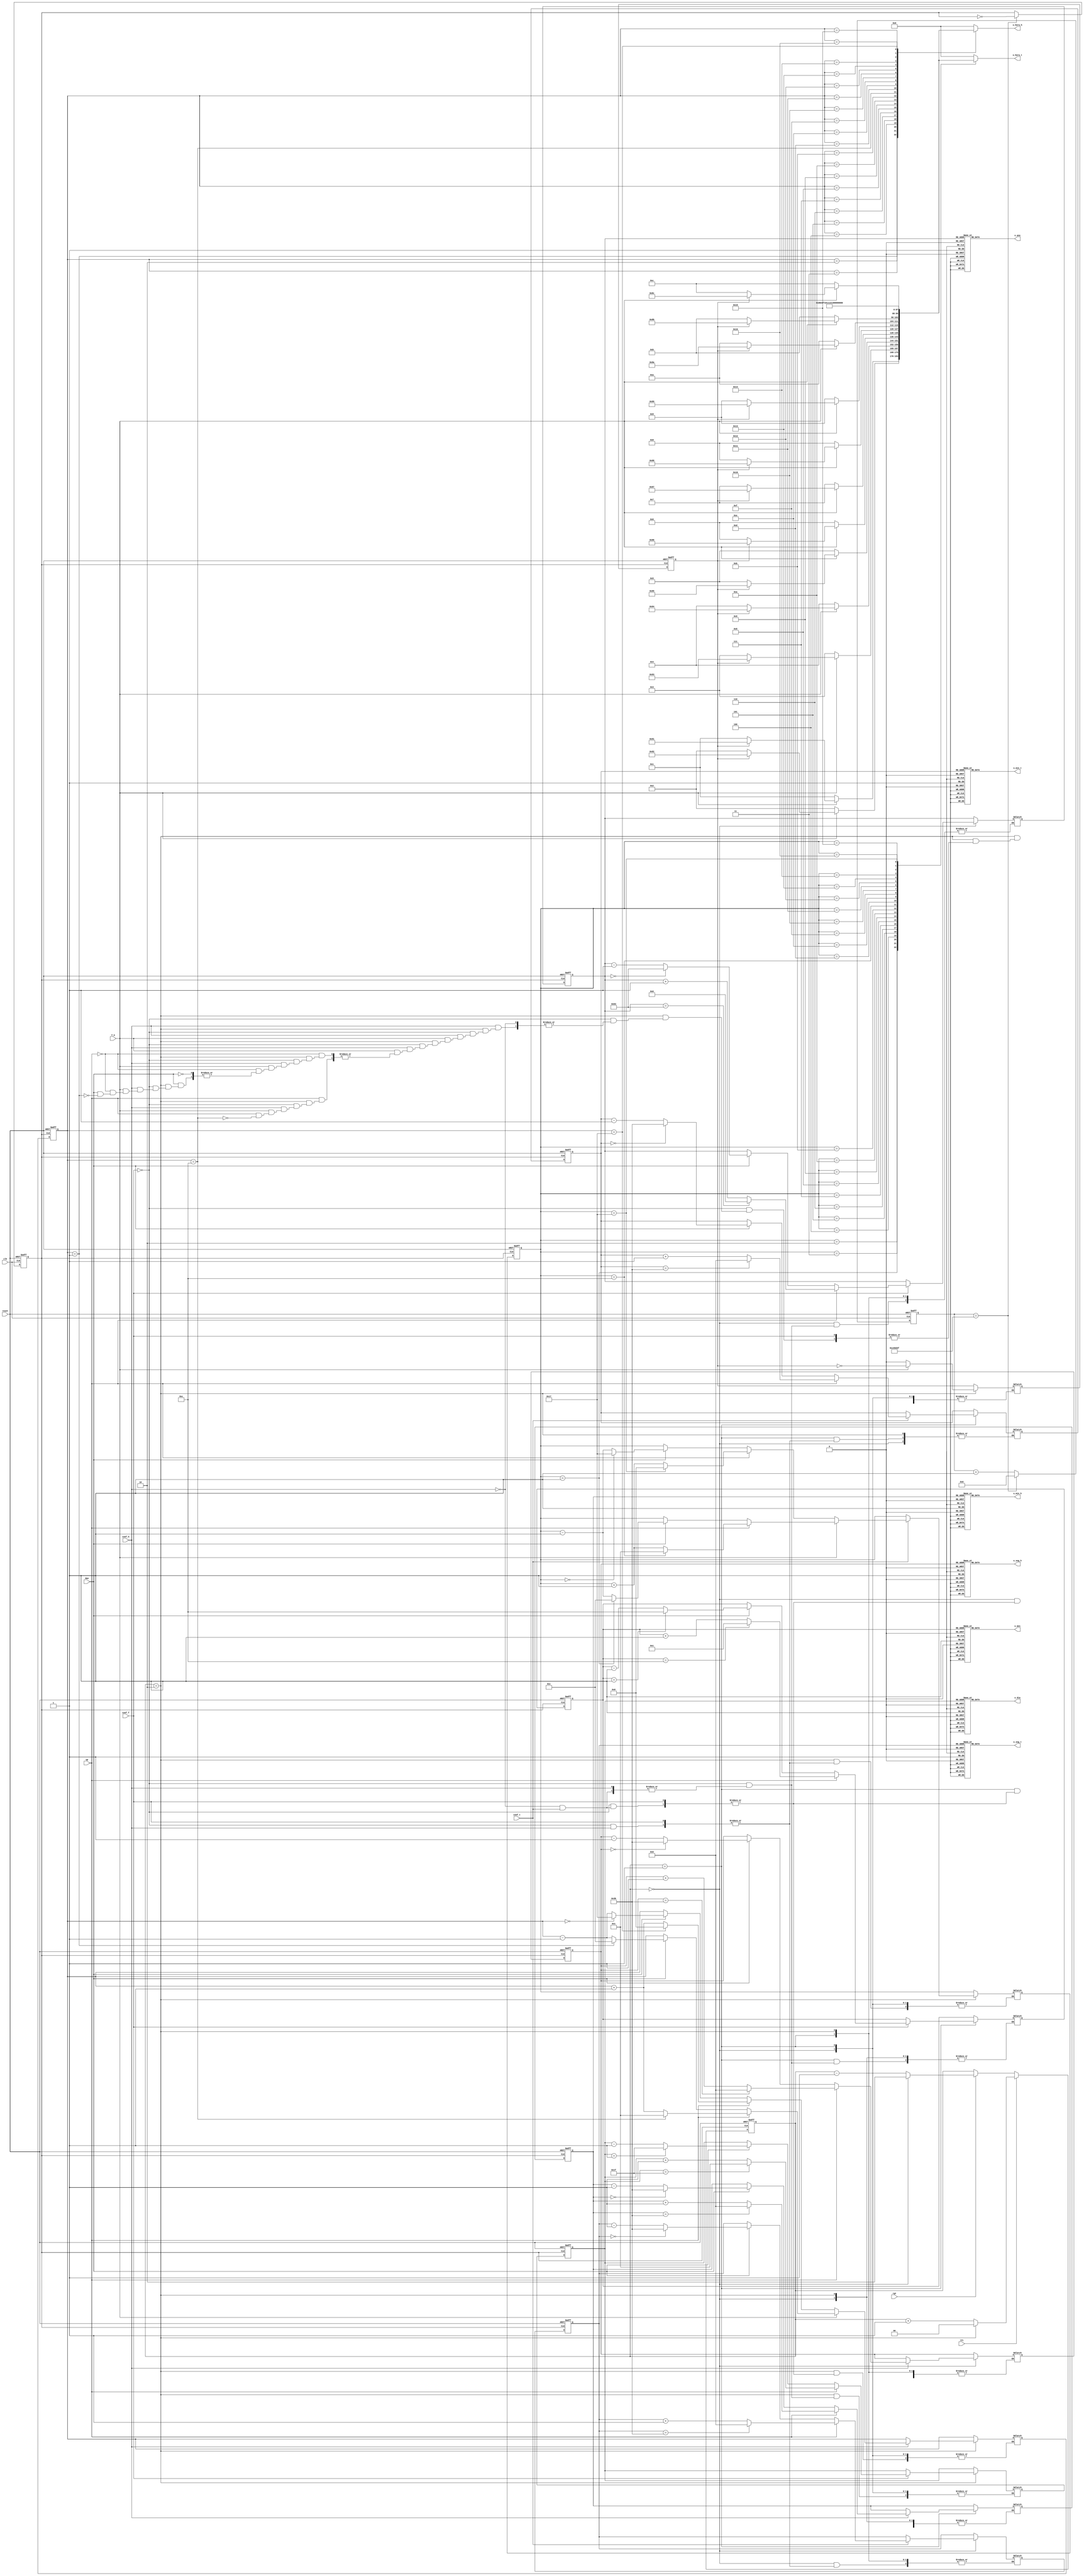
`timescale 1ns / 1ps
//////////////////////////////////////////////////////////////////////////////////
// Company: 
// Engineer: 
// 
// Design Name: 
// Module Name: cont
// Project Name: 
// Target Devices: 
// Tool Versions: 
// Description: 
// 
// Dependencies: 
// 
// Revision:
// Revision 0.01 - File Created
// Additional Comments:
// 
//////////////////////////////////////////////////////////////////////////////////


module cont(
    input clk,reset,up,dwn,rgt,lft,conf_h,conf_t,conf_f,f_h,
    output reg [7:0] o_seg_h, o_seg_t,o_min_h,o_min_t,o_hora_h,o_hora_t,o_mes,o_dia,o_ano

    );
    
    //localparam N_bits =24;//~4Hz
    
    reg [23:0] pulse_reg;
    reg [5:0]seg_h,seg_t,min_t,min_h,seg_h_sig,seg_t_sig,min_t_sig,min_h_sig;
    reg pulse,am_pm,am_pm_sig,am_pmt,am_pmt_sig;
    reg [4:0] hora_h,hora_t,hora_h_sig,hora_t_sig,dia,dia_sig;
    reg [3:0] mes,mes_sig;
    reg [6:0] ano,ano_sig;
    reg [1:0] cont_deco,cont_deco_sig;
    
    always @(posedge clk, posedge reset)
    begin
        if (reset)
        begin
            pulse_reg <= 0;
            pulse <= 0; 
        end
        else
        begin
        if (pulse_reg == 24'd12999999)
        begin
            pulse_reg <= 24'd0;
            pulse <= ~pulse;
        end
        else
                pulse_reg <= pulse_reg + 1'b1;
        end
    end 
    
    always @(posedge pulse,posedge reset)
    begin
    if (reset)
    begin
        seg_h<=6'b0;
        seg_t<=6'b0;
        min_h<=6'b0;
        min_t<=6'b0;
        hora_h<=5'b0;
        hora_t<=5'b0;
        dia<=5'b1;
        mes<=4'b1;
        ano<=7'b0;
        cont_deco<=2'b0;
        am_pm<=1'b0;
        am_pmt<=1'b0;
    end
    else
    begin 
        seg_h<=seg_h_sig;
        seg_t<=seg_t_sig;
        min_h<=min_h_sig;
        min_t<=min_t_sig;
        hora_h<=hora_h_sig;
        hora_t<=hora_t_sig;
        dia<=dia_sig;
        mes<=mes_sig;
        ano<=ano_sig;
        cont_deco<=cont_deco_sig;
        am_pm<=am_pm_sig;
        am_pmt<=am_pmt_sig;
    end
    end
        
    always @*
    begin
    if (lft)
    begin
        if(cont_deco==2'b10)
            cont_deco_sig<=2'b0;
        else
            cont_deco_sig<=cont_deco+1;
    end
    else if (rgt)
    begin
        if(cont_deco==2'b0)
                cont_deco_sig<=2'b10;
        else
                cont_deco_sig<=cont_deco-1;
    end
    else    
        cont_deco_sig<=cont_deco;
    end
        
        
     always @*
     begin
     case (cont_deco)
     2'b00:begin
            if (conf_f)
            begin
                if (up)
                begin
                    if (ano==7'd99)
                        ano_sig<= 7'd0;
                    else
                        ano_sig<= ano + 7'd1;
                end
                else if (dwn)
                begin
                    if (ano==7'd0)
                        ano_sig<= 7'd99;
                    else            
                        ano_sig<= ano - 7'd1;
                end
                else
                    ano_sig<=ano;
           end
            else if (conf_h)
            begin
                if (up)
                begin
                    if (seg_h==6'd59)
                        seg_h_sig<=6'd00;
                    else
                        seg_h_sig<=seg_h + 6'd1;
                end
                else if (dwn)
                begin
                    if (seg_h==6'd0)
                        seg_h_sig<=6'd59;
                    else
                        seg_h_sig<=seg_h - 6'd1;
                end
                else
                    seg_h_sig<=seg_h;
            end
            else if (conf_t)
            begin
            if (up)
            begin
                if (seg_t==6'd59)
                    seg_t_sig<=6'd00;
                else
                    seg_t_sig<=seg_t + 6'd1;
            end
            else if (dwn)
            begin
                if (seg_t==6'd0)
                    seg_t_sig<=6'd59;
                else
                    seg_t_sig<=seg_t - 6'd1;
            end
            else
                    seg_t_sig<=seg_t;
            end
            else
            begin    
                seg_h_sig<=seg_h;
                seg_t_sig<=seg_t;
                ano_sig<=ano;   
            end
        end
        2'b01:begin
        if (conf_f)
        begin
            if (up)
            begin
                if (mes==4'd12)
                    mes_sig<= 4'd1;
                else
                    mes_sig<= mes + 4'd1;
            end
            else if (dwn)
            begin
                if (mes==4'd1)
                    mes_sig<= 4'd12;
                else            
                    mes_sig<= mes - 4'd1;
            end
            else
                mes_sig<= mes;
       end
      else if (conf_h)
      begin
        if (up)
        begin
            if (min_h==6'd59)
                   min_h_sig<=6'd00;
            else
                  min_h_sig<=min_h + 6'd1;
        end
        else if (dwn)
        begin
           if (min_h==6'd0)
                  min_h_sig<=6'd59;
           else
                  min_h_sig<=min_h - 6'd1;
        end
        else
            min_h_sig<=min_h;
        end
        else if (conf_t)
        begin
            if (up)
            begin
                if (min_t==6'd59)
                       min_t_sig<=6'd00;
                else
                       min_t_sig<=min_t + 6'd1;
            end
            else if (dwn)
            begin
                if (min_t==6'd0)
                    min_t_sig<=6'd59;
                else
                    min_t_sig<=min_t - 6'd1;
            end
            else
                min_t_sig<=min_t;
         end
        else
        begin    
                   min_h_sig<=min_h;
                   min_t_sig<=min_t;
                   mes_sig<=mes;   
         end
        end
        2'b10:begin
                if (conf_f)
                begin
                    if (up)
                    begin
                        if (dia==5'd31)
                                    dia_sig<= 5'd1;
                        else
                                    dia_sig<= dia + 5'd1;
                    end
                    else if (dwn)
                    begin
                                if (dia==5'd1)
                                    dia_sig<= 5'd31;
                                else            
                                    dia_sig<= dia - 5'd1;
                    end
                    else
                            dia_sig<= dia;
                    
                end
                else if (conf_h)
                begin
                    if(f_h)
                    begin
                        if (up)
                        begin
                            if (hora_h==5'd12)
                            begin
                                                   hora_h_sig<=5'd1;
                                                   am_pm_sig=~am_pm;
                            end
                            else
                                                  hora_h_sig<=hora_h + 5'd1;
                        end
                        else if (dwn)
                        begin
                            if (hora_h==5'd1)
                            begin
                                                  hora_h_sig<=5'd12;
                                                  am_pm_sig=~am_pm;
                            end
                            else
                                                  hora_h_sig<=hora_h - 5'd1;
                        end
                        else                
                                                 hora_h_sig<=hora_h;
                    end
                    else
                    begin
                    am_pm_sig<=0;
                        if (up)
                        begin
                            if (hora_h==5'd23)
                                                hora_h_sig<=5'd0;
                            else
                                                hora_h_sig<=hora_h + 5'd1;
                        end
                        else if (dwn)
                        begin
                            if (hora_h==5'd0)
                                                 hora_h_sig<=5'd23;
                            else
                                                 hora_h_sig<=hora_h - 5'd1;
                        end
                       else
                                                    hora_h_sig<=hora_h;
                    end
               end
               else if (conf_t)
               begin
                if(f_h)
                begin
                    if (up)
                    begin
                        if (hora_t==5'd12)
                                     begin
                                        hora_t_sig<=5'd1;
                                        am_pmt_sig=~am_pmt;
                                     end
                        else
                                        hora_t_sig<=hora_t + 5'd1;
                    end
                    else if (dwn)
                    begin
                        if (hora_t==5'd1)
                        begin
                                         hora_t_sig<=5'd12;
                                         am_pmt_sig=~am_pmt;
                        end
                        else
                                         hora_t_sig<=hora_t - 5'd1;
                    end
                    else
                                        hora_t_sig<=hora_t;
                end
                else
                begin
                am_pmt_sig<=0;
                    if (up)
                    begin
                                 if (hora_t==5'd23)
                                        hora_t_sig<=5'd0;
                                 else
                                    hora_t_sig<=hora_t + 5'd1;
                    end
                    else if (dwn)
                    begin
                                     if (hora_t==5'd0)
                                                hora_t_sig<=5'd23;
                                     else
                                                hora_t_sig<=hora_t - 5'd1;
                    end
                    else
                                    hora_t_sig<=hora_t;
               end
             end
            else
            begin 
                                     hora_t_sig<=hora_t;
                                     hora_h_sig<=hora_h;
                                     dia_sig<= dia;
             end  
               
        end
        default: begin
                seg_h_sig<=seg_h;
                seg_t_sig<=seg_t;
                min_h_sig<=min_h;
                min_t_sig<=min_t;
                hora_h_sig<=hora_h;
                hora_t_sig<=hora_t;
                dia_sig<=dia;
                mes_sig<=mes;
                ano_sig<=ano;
                am_pm_sig<=am_pm;
                am_pmt<=am_pmt_sig;
        end
        endcase
        end
        
        always @*
        begin
        case (seg_h)
            6'd0: begin o_seg_h = 8'h0; end
            6'd1: begin o_seg_h = 8'h1; end
            6'd2: begin o_seg_h = 8'h2; end
            6'd3: begin o_seg_h = 8'h3; end
            6'd4: begin o_seg_h = 4'h4; end
            6'd5: begin o_seg_h = 4'h5; end
            6'd6: begin o_seg_h = 4'h6; end
            6'd7: begin o_seg_h = 4'h7; end
            6'd8: begin o_seg_h = 4'h8; end
            6'd9: begin o_seg_h = 4'h9; end
            
            6'd10: begin o_seg_h = 8'ha; end
            6'd11: begin o_seg_h = 8'hb; end
            6'd12: begin o_seg_h = 8'hc; end
            6'd13: begin o_seg_h = 8'hd; end
            6'd14: begin o_seg_h = 8'he; end
            6'd15: begin o_seg_h = 8'hf; end
            6'd16: begin o_seg_h = 8'h10; end
            6'd17: begin o_seg_h = 8'h11; end
            6'd18: begin o_seg_h = 8'h12; end
            6'd19: begin o_seg_h = 8'h13; end
            
            6'd20: begin o_seg_h = 8'h14; end
            6'd21: begin o_seg_h = 8'h15; end
            6'd22: begin o_seg_h = 8'h16; end
            6'd23: begin o_seg_h = 8'h17; end
            6'd24: begin o_seg_h= 8'h18; end
            6'd25: begin o_seg_h = 8'h19; end
            6'd26: begin o_seg_h= 8'h1a; end
            6'd27: begin o_seg_h= 8'h1b; end
            6'd28: begin o_seg_h= 8'h1c; end
            6'd29: begin o_seg_h= 8'h1d; end
           
            6'd30: begin o_seg_h = 8'h1e; end
            6'd31: begin o_seg_h= 8'h1f; end
            6'd32: begin o_seg_h= 8'h20; end
            6'd33: begin o_seg_h= 8'h21; end
            6'd34: begin o_seg_h= 8'h22; end
            6'd35: begin o_seg_h= 8'h23; end
            6'd36: begin o_seg_h= 8'h24; end
            6'd37: begin o_seg_h= 8'h25; end
            6'd38: begin o_seg_h= 8'h26; end
            6'd39: begin o_seg_h= 8'h27; end
           
            6'd40: begin o_seg_h = 8'h28; end
            6'd41: begin o_seg_h= 8'h29; end
            6'd42: begin o_seg_h= 8'h2a; end
            6'd43: begin o_seg_h= 8'h2b; end
            6'd44: begin o_seg_h= 8'h2c; end
            6'd45: begin o_seg_h= 8'h2d; end
            6'd46: begin o_seg_h= 8'h2e; end
            6'd47: begin o_seg_h= 8'h2f; end
            6'd48: begin o_seg_h= 8'h30; end
            6'd49: begin o_seg_h= 8'h31; end
           
            6'd50: begin o_seg_h= 8'h32; end
            6'd51: begin o_seg_h= 8'h33; end
            6'd52: begin o_seg_h= 8'h34; end
            6'd53: begin o_seg_h= 8'h35; end
            6'd54: begin o_seg_h= 8'h36; end
            6'd55: begin o_seg_h= 8'h37; end
            6'd56: begin o_seg_h= 8'h38; end
            6'd57: begin o_seg_h= 8'h39; end
            6'd58: begin o_seg_h= 8'h3a; end
            6'd59: begin o_seg_h= 8'h3b; end
            default:begin o_seg_h= 8'b0;end
        endcase
        
        case (seg_t)
                6'd0: begin o_seg_t = 8'h0; end
                6'd1: begin o_seg_t = 8'h1; end
                6'd2: begin o_seg_t = 8'h2; end
                6'd3: begin o_seg_t = 8'h3; end
                6'd4: begin o_seg_t = 4'h4; end
                6'd5: begin o_seg_t = 4'h5; end
                6'd6: begin o_seg_t = 4'h6; end
                6'd7: begin o_seg_t = 4'h7; end
                6'd8: begin o_seg_t = 4'h8; end
                6'd9: begin o_seg_t = 4'h9; end
               
                6'd10: begin o_seg_t = 8'ha; end
                6'd11: begin o_seg_t = 8'hb; end
                6'd12: begin o_seg_t = 8'hc; end
                6'd13: begin o_seg_t = 8'hd; end
                6'd14: begin o_seg_t = 8'he; end
                6'd15: begin o_seg_t = 8'hf; end
                6'd16: begin o_seg_t = 8'h10; end
                6'd17: begin o_seg_t = 8'h11; end
                6'd18: begin o_seg_t = 8'h12; end
                6'd19: begin o_seg_t = 8'h13; end
               
                6'd20: begin o_seg_t = 8'h14; end
                6'd21: begin o_seg_t = 8'h15; end
                6'd22: begin o_seg_t = 8'h16; end
                6'd23: begin o_seg_t = 8'h17; end
                6'd24: begin o_seg_t= 8'h18; end
                6'd25: begin o_seg_t = 8'h19; end
                6'd26: begin o_seg_t= 8'h1a; end
                6'd27: begin o_seg_t= 8'h1b; end
                6'd28: begin o_seg_t= 8'h1c; end
                6'd29: begin o_seg_t= 8'h1d; end
              
                6'd30: begin o_seg_t = 8'h1e; end
                6'd31: begin o_seg_t= 8'h1f; end
                6'd32: begin o_seg_t= 8'h20; end
                6'd33: begin o_seg_t= 8'h21; end
                6'd34: begin o_seg_t= 8'h22; end
                6'd35: begin o_seg_t= 8'h23; end
                6'd36: begin o_seg_t= 8'h24; end
                6'd37: begin o_seg_t= 8'h25; end
                6'd38: begin o_seg_t= 8'h26; end
                6'd39: begin o_seg_t= 8'h27; end
              
                6'd40: begin o_seg_t = 8'h28; end
                6'd41: begin o_seg_t= 8'h29; end
                6'd42: begin o_seg_t= 8'h2a; end
                6'd43: begin o_seg_t= 8'h2b; end
                6'd44: begin o_seg_t= 8'h2c; end
                6'd45: begin o_seg_t= 8'h2d; end
                6'd46: begin o_seg_t= 8'h2e; end
                6'd47: begin o_seg_t= 8'h2f; end
                6'd48: begin o_seg_t= 8'h30; end
                6'd49: begin o_seg_t= 8'h31; end
              
                6'd50: begin o_seg_t= 8'h32; end
                6'd51: begin o_seg_t= 8'h33; end
                6'd52: begin o_seg_t= 8'h34; end
                6'd53: begin o_seg_t= 8'h35; end
                6'd54: begin o_seg_t= 8'h36; end
                6'd55: begin o_seg_t= 8'h37; end
                6'd56: begin o_seg_t= 8'h38; end
                6'd57: begin o_seg_t= 8'h39; end
                6'd58: begin o_seg_t= 8'h3a; end
                6'd59: begin o_seg_t= 8'h3b; end
                default:begin o_seg_t= 8'b0;end
        endcase
                case (min_t)
                6'd0: begin o_min_t = 8'h0; end
                6'd1: begin o_min_t = 8'h1; end
                6'd2: begin o_min_t = 8'h2; end
                6'd3: begin o_min_t = 8'h3; end
                6'd4: begin o_min_t = 4'h4; end
                6'd5: begin o_min_t = 4'h5; end
                6'd6: begin o_min_t = 4'h6; end
                6'd7: begin o_min_t = 4'h7; end
                6'd8: begin o_min_t = 4'h8; end
                6'd9: begin o_min_t = 4'h9; end
               
                6'd10: begin o_min_t = 8'ha; end
                6'd11: begin o_min_t = 8'hb; end
                6'd12: begin o_min_t = 8'hc; end
                6'd13: begin o_min_t = 8'hd; end
                6'd14: begin o_min_t = 8'he; end
                6'd15: begin o_min_t = 8'hf; end
                6'd16: begin o_min_t = 8'h10; end
                6'd17: begin o_min_t = 8'h11; end
                6'd18: begin o_min_t = 8'h12; end
                6'd19: begin o_min_t = 8'h13; end
               
                6'd20: begin o_min_t = 8'h14; end
                6'd21: begin o_min_t = 8'h15; end
                6'd22: begin o_min_t = 8'h16; end
                6'd23: begin o_min_t = 8'h17; end
                6'd24: begin o_min_t= 8'h18; end
                6'd25: begin o_min_t = 8'h19; end
                6'd26: begin o_min_t= 8'h1a; end
                6'd27: begin o_min_t= 8'h1b; end
                6'd28: begin o_min_t= 8'h1c; end
                6'd29: begin o_min_t= 8'h1d; end
              
                6'd30: begin o_min_t = 8'h1e; end
                6'd31: begin o_min_t= 8'h1f; end
                6'd32: begin o_min_t= 8'h20; end
                6'd33: begin o_min_t= 8'h21; end
                6'd34: begin o_min_t= 8'h22; end
                6'd35: begin o_min_t= 8'h23; end
                6'd36: begin o_min_t= 8'h24; end
                6'd37: begin o_min_t= 8'h25; end
                6'd38: begin o_min_t= 8'h26; end
                6'd39: begin o_min_t= 8'h27; end
              
                6'd40: begin o_min_t = 8'h28; end
                6'd41: begin o_min_t= 8'h29; end
                6'd42: begin o_min_t= 8'h2a; end
                6'd43: begin o_min_t= 8'h2b; end
                6'd44: begin o_min_t= 8'h2c; end
                6'd45: begin o_min_t= 8'h2d; end
                6'd46: begin o_min_t= 8'h2e; end
                6'd47: begin o_min_t= 8'h2f; end
                6'd48: begin o_min_t= 8'h30; end
                6'd49: begin o_min_t= 8'h31; end
              
                6'd50: begin o_min_t= 8'h32; end
                6'd51: begin o_min_t= 8'h33; end
                6'd52: begin o_min_t= 8'h34; end
                6'd53: begin o_min_t= 8'h35; end
                6'd54: begin o_min_t= 8'h36; end
                6'd55: begin o_min_t= 8'h37; end
                6'd56: begin o_min_t= 8'h38; end
                6'd57: begin o_min_t= 8'h39; end
                6'd58: begin o_min_t= 8'h3a; end
                6'd59: begin o_min_t= 8'h3b; end
                default:begin o_min_t= 8'b0;end
                endcase
                                
        case (min_h)
                6'd0: begin o_min_h = 8'h0; end
                6'd1: begin o_min_h = 8'h1; end
                6'd2: begin o_min_h = 8'h2; end
                6'd3: begin o_min_h = 8'h3; end
                6'd4: begin o_min_h = 4'h4; end
                6'd5: begin o_min_h = 4'h5; end
                6'd6: begin o_min_h = 4'h6; end
                6'd7: begin o_min_h = 4'h7; end
                6'd8: begin o_min_h = 4'h8; end
                6'd9: begin o_min_h = 4'h9; end
               
                6'd10: begin o_min_h = 8'ha; end
                6'd11: begin o_min_h = 8'hb; end
                6'd12: begin o_min_h = 8'hc; end
                6'd13: begin o_min_h = 8'hd; end
                6'd14: begin o_min_h = 8'he; end
                6'd15: begin o_min_h = 8'hf; end
                6'd16: begin o_min_h = 8'h10; end
                6'd17: begin o_min_h = 8'h11; end
                6'd18: begin o_min_h = 8'h12; end
                6'd19: begin o_min_h = 8'h13; end
               
                6'd20: begin o_min_h = 8'h14; end
                6'd21: begin o_min_h = 8'h15; end
                6'd22: begin o_min_h = 8'h16; end
                6'd23: begin o_min_h = 8'h17; end
                6'd24: begin o_min_h= 8'h18; end
                6'd25: begin o_min_h = 8'h19; end
                6'd26: begin o_min_h= 8'h1a; end
                6'd27: begin o_min_h= 8'h1b; end
                6'd28: begin o_min_h= 8'h1c; end
                6'd29: begin o_min_h= 8'h1d; end
              
                6'd30: begin o_min_h = 8'h1e; end
                6'd31: begin o_min_h= 8'h1f; end
                6'd32: begin o_min_h= 8'h20; end
                6'd33: begin o_min_h= 8'h21; end
                6'd34: begin o_min_h= 8'h22; end
                6'd35: begin o_min_h= 8'h23; end
                6'd36: begin o_min_h= 8'h24; end
                6'd37: begin o_min_h= 8'h25; end
                6'd38: begin o_min_h= 8'h26; end
                6'd39: begin o_min_h= 8'h27; end
              
                6'd40: begin o_min_h = 8'h28; end
                6'd41: begin o_min_h= 8'h29; end
                6'd42: begin o_min_h= 8'h2a; end
                6'd43: begin o_min_h= 8'h2b; end
                6'd44: begin o_min_h= 8'h2c; end
                6'd45: begin o_min_h= 8'h2d; end
                6'd46: begin o_min_h= 8'h2e; end
                6'd47: begin o_min_h= 8'h2f; end
                6'd48: begin o_min_h= 8'h30; end
                6'd49: begin o_min_h= 8'h31; end
             
                6'd50: begin o_min_h= 8'h32; end
                6'd51: begin o_min_h= 8'h33; end
                6'd52: begin o_min_h= 8'h34; end
                6'd53: begin o_min_h= 8'h35; end
                6'd54: begin o_min_h= 8'h36; end
                6'd55: begin o_min_h= 8'h37; end
                6'd56: begin o_min_h= 8'h38; end
                6'd57: begin o_min_h= 8'h39; end
                6'd58: begin o_min_h= 8'h3a; end
                6'd59: begin o_min_h= 8'h3b; end
                default:begin o_min_h= 8'b0;end
                endcase
                
         case(hora_h)
                 5'd0: begin o_hora_h = 8'h0; end
                 5'd1: begin 
                 if(f_h)
                 begin
                    if(am_pm)
                        o_hora_h = 8'h81;
                    else
                        o_hora_h = 8'h1;
                 end      
                 else
                     o_hora_h = 8'h1;
                 end
                 5'd2: begin 
                 if(f_h)
                 begin
                    if(am_pm)
                      o_hora_h = 8'h82;
                    else
                      o_hora_h = 8'h2; 
                 end
                 else
                    o_hora_h = 8'h2;
                 end
                 5'd3: begin 
                 if(f_h)
                 begin 
                    if(am_pm)
                        o_hora_h = 8'h83;
                    else
                        o_hora_h = 8'h3;
                 end
                 else
                       o_hora_h = 8'h3;
                 end
                 5'd4: begin
                 if(f_h)
                 begin 
                        if(am_pm)
                          o_hora_h = 8'h84;
                        else
                          o_hora_h = 8'h4; 
                 end
                 else
                             o_hora_h = 8'h4;
                 end
                 5'd5: begin  
                 if(f_h)
                 begin
                         if(am_pm)
                            o_hora_h = 8'h85;
                         else
                            o_hora_h = 8'h5;
                 end
                 else
                           o_hora_h = 8'h5;
                 end
                 5'd6: begin    
                 if(f_h)
                 begin
                         if(am_pm)
                            o_hora_h = 8'h86;
                         else
                            o_hora_h = 8'h6;
                 end
                 else
                           o_hora_h = 8'h6;
                 end
                 5'd7: begin      
                 if(f_h)
                 begin
                         if(am_pm)
                            o_hora_h = 8'h87;
                         else
                            o_hora_h = 8'h7;
                 end
                 else
                           o_hora_h = 8'h7;
                 end                 
                 5'd8: begin
                if(f_h)
                 begin
                         if(am_pm)
                            o_hora_h = 8'h88;
                         else
                            o_hora_h = 8'h8;
                 end
                 else
                           o_hora_h = 8'h8;
                 end
                 5'd9: begin 
                 if(f_h)
                 begin
                         if(am_pm)
                            o_hora_h = 8'h89;
                         else
                            o_hora_h = 8'h9;
                 end
                 else
                           o_hora_h = 8'h9;
                 end
                 5'd10: begin 
                 if(f_h)
                 begin
                         if(am_pm)
                            o_hora_h = 8'h8a;
                         else
                            o_hora_h = 8'ha;
                 end
                 else
                           o_hora_h = 8'ha;
                 end
                 5'd11: begin
                 if(f_h)
                 begin
                         if(am_pm)
                            o_hora_h = 8'h8b;
                         else
                            o_hora_h = 8'hb;
                 end
                 else
                           o_hora_h = 8'hb;
                 end
                 5'd12: begin 
                 if(f_h)
                 begin
                 if(am_pm)
                            o_hora_h = 8'h8c;
                 else
                            o_hora_h = 8'hc;
                 end
                 else
                           o_hora_h = 8'hc;
                 end
                 5'd13: begin o_hora_h = 8'hd; end
                 5'd14: begin o_hora_h = 8'he; end
                 5'd15: begin o_hora_h = 8'hf; end
                 5'd16: begin o_hora_h = 8'h10; end
                 5'd17: begin o_hora_h = 8'h11; end
                 5'd18: begin o_hora_h = 8'h12; end
                 5'd19: begin o_hora_h = 8'h13; end
                 5'd20: begin o_hora_h = 8'h14; end
                 5'd21: begin o_hora_h = 8'h15; end
                 5'd22: begin o_hora_h = 8'h16; end
                 5'd23: begin o_hora_h = 8'h17; end
                 default:begin o_hora_h = 8'h0; end
                 endcase
        
                 case(hora_t)
                         5'd0: begin o_hora_t = 8'h0; end
                         5'd1: begin 
                         if(f_h)
                         begin
                            if(am_pm)
                                o_hora_t = 8'h81;
                            else
                                o_hora_t = 8'h1;
                         end      
                         else
                             o_hora_t = 8'h1;
                         end
                         6'd2: begin 
                         if(f_h)
                         begin
                            if(am_pm)
                              o_hora_t = 8'h82;
                            else
                              o_hora_t = 8'h2; 
                         end
                         else
                            o_hora_t= 8'h2;
                         end
                         5'd3: begin 
                         if(f_h)
                         begin 
                            if(am_pm)
                                o_hora_t = 8'h83;
                            else
                                o_hora_t = 8'h3;
                         end
                         else
                               o_hora_t = 8'h3;
                         end
                         5'd4: begin
                         if(f_h)
                         begin 
                                if(am_pm)
                                  o_hora_t = 8'h84;
                                else
                                  o_hora_t = 8'h4; 
                         end
                         else
                                     o_hora_t = 8'h4;
                         end
                         5'd5: begin  
                         if(f_h)
                         begin
                                 if(am_pm)
                                    o_hora_t= 8'h85;
                                 else
                                    o_hora_t = 8'h5;
                         end
                         else
                                   o_hora_t = 8'h5;
                         end
                         5'd6: begin    
                         if(f_h)
                         begin
                                 if(am_pm)
                                    o_hora_t = 8'h86;
                                 else
                                    o_hora_t = 8'h6;
                         end
                         else
                                   o_hora_t = 8'h6;
                         end
                         5'd7: begin      
                         if(f_h)
                         begin
                                 if(am_pm)
                                    o_hora_t = 8'h87;
                                 else
                                    o_hora_t = 8'h7;
                         end
                         else
                                   o_hora_t= 8'h7;
                         end                 
                         5'd8: begin
                        if(f_h)
                         begin
                                 if(am_pm)
                                    o_hora_t = 8'h88;
                                 else
                                    o_hora_t = 8'h8;
                         end
                         else
                                   o_hora_t= 8'h8;
                         end
                         5'd9: begin 
                         if(f_h)
                         begin
                                 if(am_pm)
                                    o_hora_t = 8'h89;
                                 else
                                    o_hora_t = 8'h9;
                         end
                         else
                                   o_hora_t= 8'h9;
                         end
                         5'd10: begin 
                         if(f_h)
                         begin
                                 if(am_pm)
                                    o_hora_t = 8'h8a;
                                 else
                                    o_hora_t = 8'ha;
                         end
                         else
                                   o_hora_t= 8'ha;
                         end
                         5'd11: begin
                         if(f_h)
                         begin
                                 if(am_pm)
                                    o_hora_t = 8'h8b;
                                 else
                                    o_hora_t = 8'hb;
                         end
                         else
                                   o_hora_t= 8'hb;
                         end
                         5'd12: begin 
                         if(f_h)
                         begin
                         if(am_pm)
                                    o_hora_t = 8'h8c;
                         else
                                    o_hora_t = 8'hc;
                         end
                         else
                                   o_hora_t= 8'hc;
                         end
                         5'd13: begin o_hora_t = 8'hd; end
                         5'd14: begin o_hora_t = 8'he; end
                         5'd15: begin o_hora_t = 8'hf; end
                         5'd16: begin o_hora_t = 8'h10; end
                         5'd17: begin o_hora_t = 8'h11; end
                         5'd18: begin o_hora_t = 8'h12; end
                         5'd19: begin o_hora_t = 8'h13; end
                         5'd20: begin o_hora_t = 8'h14; end
                         5'd21: begin o_hora_t = 8'h15; end
                         5'd22: begin o_hora_t = 8'h16; end
                         5'd23: begin o_hora_t = 8'h17; end
                         default:begin o_hora_t = 8'h0; end
                         endcase
                
                case(mes)
                        4'd1: begin o_mes = 8'h1; end
                        4'd2: begin o_mes = 8'h2; end
                        4'd3: begin o_mes = 8'h3; end
                        4'd4: begin o_mes = 4'h4; end
                        4'd5: begin o_mes = 4'h5; end
                        4'd6: begin o_mes = 4'h6; end
                        4'd7: begin o_mes = 4'h7; end
                        4'd8: begin o_mes = 4'h8; end
                        4'd9: begin o_mes = 4'h9; end
                        4'd10: begin o_mes = 8'ha; end
                        4'd11: begin o_mes = 8'hb; end
                        4'd12: begin o_mes = 8'hc; end
                        default:begin o_mes = 8'h0; end
                endcase
                
                case (dia)
                       5'd1: begin o_dia = 8'h1; end
                       5'd2: begin o_dia = 8'h2; end
                       5'd3: begin o_dia = 8'h3; end
                       5'd4: begin o_dia = 4'h4; end
                       5'd5: begin o_dia = 4'h5; end
                       5'd6: begin o_dia = 4'h6; end
                       5'd7: begin o_dia = 4'h7; end
                       5'd8: begin o_dia = 4'h8; end
                       5'd9: begin o_dia = 4'h9; end
                       5'd10: begin o_dia = 8'ha; end
                       5'd11: begin o_dia = 8'hb; end
                       5'd12: begin o_dia = 8'hc; end
                       5'd13: begin o_dia = 8'hd; end
                       5'd14: begin o_dia = 8'he; end
                       5'd15: begin o_dia = 8'hf; end
                       5'd16: begin o_dia = 8'h10; end
                       5'd17: begin o_dia = 8'h11; end
                       5'd18: begin o_dia = 8'h12; end
                       5'd19: begin o_dia = 8'h13; end
                       5'd20: begin o_dia = 8'h14; end
                       5'd21: begin o_dia = 8'h15; end
                       5'd22: begin o_dia = 8'h16; end
                       5'd23: begin o_dia = 8'h17; end
                       5'd24: begin o_dia= 8'h18; end
                       5'd25: begin o_dia = 8'h19; end
                       5'd26: begin o_dia= 8'h1a; end
                       5'd27: begin o_dia= 8'h1b; end
                       5'd28: begin o_dia= 8'h1c; end
                       5'd29: begin o_dia= 8'h1d; end
                       5'd30: begin o_dia = 8'h1e; end
                       5'd31: begin o_dia= 8'h1f; end
                       default:begin    o_dia= 8'h0; end
                endcase
        case(ano)
        7'd0: begin o_ano = 8'h0; end
        7'd1: begin o_ano = 8'h1; end
        7'd2: begin o_ano = 8'h2; end
        7'd3: begin o_ano = 8'h3; end
        7'd4: begin o_ano = 4'h4; end
        7'd5: begin o_ano = 4'h5; end
        7'd6: begin o_ano = 4'h6; end
        7'd7: begin o_ano = 4'h7; end
        7'd8: begin o_ano = 4'h8; end
        7'd9: begin o_ano = 4'h9; end
        7'd10: begin o_ano = 8'ha; end
        7'd11: begin o_ano = 8'hb; end
        7'd12: begin o_ano = 8'hc; end
        7'd13: begin o_ano = 8'hd; end
        7'd14: begin o_ano = 8'he; end
        7'd15: begin o_ano = 8'hf; end
        7'd16: begin o_ano = 8'h10; end
        7'd17: begin o_ano = 8'h11; end
        7'd18: begin o_ano = 8'h12; end
        7'd19: begin o_ano = 8'h13; end
        7'd20: begin o_ano = 8'h14; end
        7'd21: begin o_ano = 8'h15; end
        7'd22: begin o_ano = 8'h16; end
        7'd23: begin o_ano = 8'h17; end
        7'd24: begin o_ano= 8'h18; end
        7'd25: begin o_ano = 8'h19; end
        7'd26: begin o_ano= 8'h1a; end
        7'd27: begin o_ano= 8'h1b; end
        7'd28: begin o_ano= 8'h1c; end
        7'd29: begin o_ano= 8'h1d; end
        7'd30: begin o_ano = 8'h1e; end
        7'd31: begin o_ano= 8'h1f; end
        7'd32: begin o_ano= 8'h20; end
        7'd33: begin o_ano= 8'h21; end
        7'd34: begin o_ano= 8'h22; end
        7'd35: begin o_ano= 8'h23; end
        7'd36: begin o_ano= 8'h24; end
        7'd37: begin o_ano= 8'h25; end
        7'd38: begin o_ano= 8'h26; end
        7'd39: begin o_ano= 8'h27; end
        7'd40: begin o_ano = 8'h28; end
        7'd41: begin o_ano= 8'h29; end
        7'd42: begin o_ano= 8'h2a; end
        7'd43: begin o_ano= 8'h2b; end
        7'd44: begin o_ano= 8'h2c; end
        7'd45: begin o_ano= 8'h2d; end
        7'd46: begin o_ano= 8'h2e; end
        7'd47: begin o_ano= 8'h2f; end
        7'd48: begin o_ano= 8'h30; end
        7'd49: begin o_ano= 8'h31; end
        7'd50: begin o_ano= 8'h32; end
        7'd51: begin o_ano= 8'h33; end
        7'd52: begin o_ano= 8'h34; end
        7'd53: begin o_ano= 8'h35; end
        7'd54: begin o_ano= 8'h36; end
        7'd55: begin o_ano= 8'h37; end
        7'd56: begin o_ano= 8'h38; end
        7'd57: begin o_ano= 8'h39; end
        7'd58: begin o_ano= 8'h3a; end
        7'd59: begin o_ano= 8'h3b; end
        7'd60: begin o_ano= 8'h3c; end
        7'd61: begin o_ano= 8'h3d; end
        7'd62: begin o_ano= 8'h3e; end
        7'd63: begin o_ano= 8'h3f; end
        7'd64: begin o_ano= 8'h40; end
        7'd65: begin o_ano= 8'h41; end
        7'd66: begin o_ano= 8'h42; end
        7'd67: begin o_ano= 8'h43; end
        7'd68: begin o_ano= 8'h44; end
        7'd69: begin o_ano= 8'h45; end
        7'd70: begin o_ano= 8'h46; end
        7'd71: begin o_ano= 8'h47; end
        7'd72: begin o_ano= 8'h48; end
        7'd73: begin o_ano= 8'h49; end
        7'd74: begin o_ano= 8'h4a; end
        7'd75: begin o_ano= 8'h4b; end
        7'd76: begin o_ano= 8'h4c; end
        7'd77: begin o_ano= 8'h4d; end
        7'd78: begin o_ano= 8'h4e; end
        7'd79: begin o_ano= 8'h4f; end
        7'd80: begin o_ano= 8'h50; end
        7'd81: begin o_ano= 8'h51; end
        7'd82: begin o_ano= 8'h52; end
        7'd83: begin o_ano= 8'h53; end
        7'd84: begin o_ano= 8'h54; end
        7'd85: begin o_ano= 8'h55; end
        7'd86: begin o_ano= 8'h56; end
        7'd87: begin o_ano= 8'h57; end
        7'd88: begin o_ano= 8'h58; end
        7'd89: begin o_ano= 8'h59; end
        7'd90: begin o_ano= 8'h5a; end
        7'd91: begin o_ano= 8'h5b; end
        7'd92: begin o_ano= 8'h5c; end
        7'd93: begin o_ano= 8'h5d; end
        7'd94: begin o_ano= 8'h5e; end
        7'd95: begin o_ano= 8'h5f; end
        7'd96: begin o_ano= 8'h60; end
        7'd97: begin o_ano= 8'h61; end
        7'd98: begin o_ano= 8'h62; end
        7'd99: begin o_ano= 8'h63; end
        default:begin o_ano= 8'b0;end
        endcase
                end
endmodule